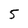
Character: 5